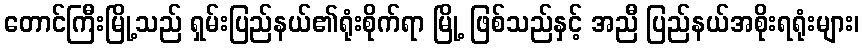
တောင်ကြီးမြို့သည် ရှမ်းပြည်နယ်၏ရုံးစိုက်ရာ မြို့ ဖြစ်သည်နှင့် အညီ ပြည်နယ်အစိုးရရုံးများ၊